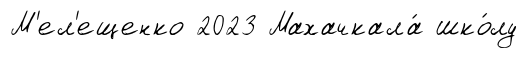
М'ел'ещенко 2023 Махачкала́ шко́лу